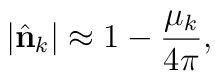
|\hat{\bf n}_k| \approx 1 - {\mu_k \over 4\pi},